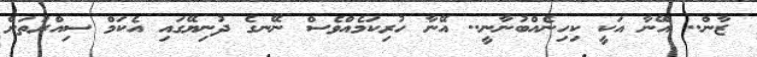
ޒާން.. އޭނާ އަކީ ކިހިނެއްބުނާނީ.. އޭނާ ހުރިކަމެއްވެސް ނޭނގެ ދުނިޔޭގައި އެކަމް ސިއްރުތަށް